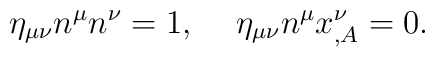
\eta_{\mu\nu}n^\mu n^\nu=1,\hspace*{5mm}\eta_{\mu\nu}n^\mu x^\nu_{,A}=0.